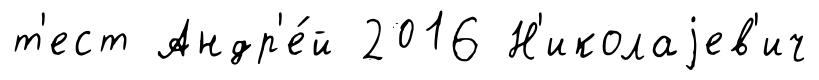
т'ест Андр'е́й 2016 Н'иколаjев'ич